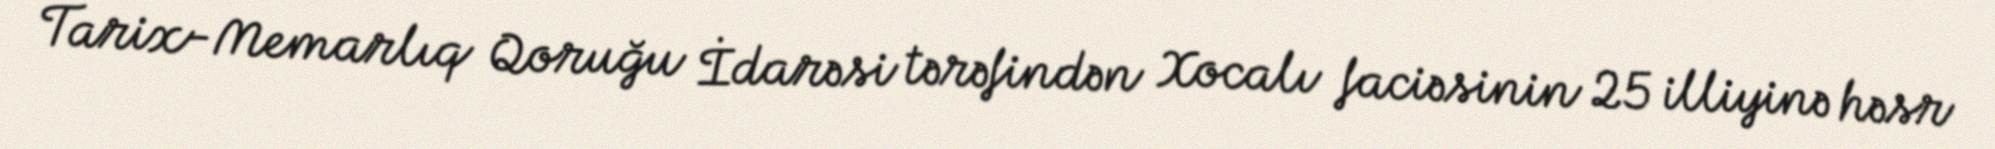
Tarix-Memarlıq Qoruğu İdarəsi tərəfindən Xocalı faciəsinin 25 illiyinə həsr